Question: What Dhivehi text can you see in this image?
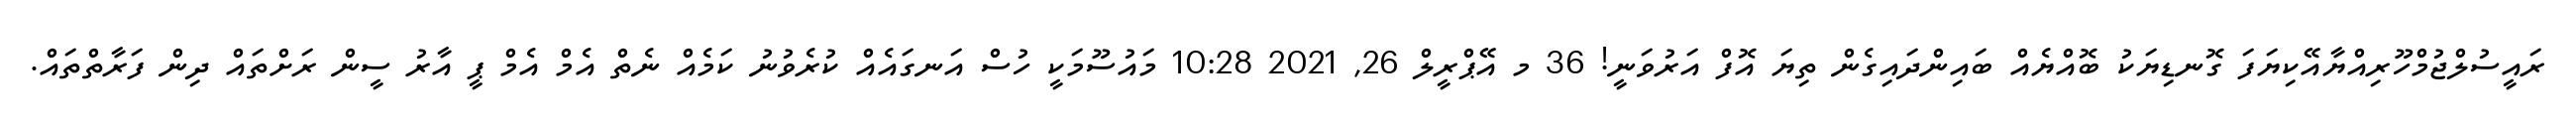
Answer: ރައީސުލްޖުމްހޫރިއްޔާއޭކިޔަފަ ގޮނޑިޔަކު ބޮއްޔެއް ބައިންދައިގެން ތިޔަ އޮފް އަރުވަނީ! 36 މ އޭޕްރީލް 26, 2021 10:28 މައުސޫމަކީ ހުސް އަނގައެއް ކުރެވުނު ކަމެއް ނެތް އެމް އެމް ޕީ އާރު ސީން ރަށްތައް ދިން ފަރާތްތައް.